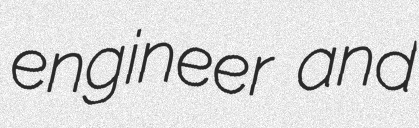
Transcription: engineer and